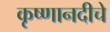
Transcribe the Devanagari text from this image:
कृष्णानदीचे